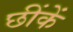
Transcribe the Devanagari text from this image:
छींकें